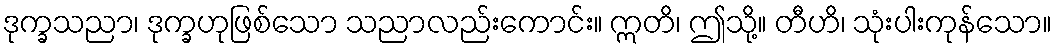
ဒုက္ခသညာ၊ ဒုက္ခဟုဖြစ်သော သညာလည်းကောင်း။ ဣတိ၊ ဤသို့။ တီဟိ၊ သုံးပါးကုန်သော။